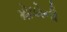
મોલોની